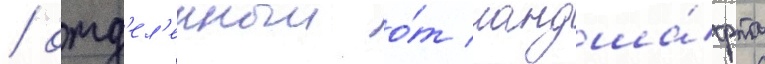
/ отд'ел'енныи о́т ландша́фта